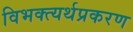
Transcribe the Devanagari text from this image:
विभक्त्यर्थप्रकरण